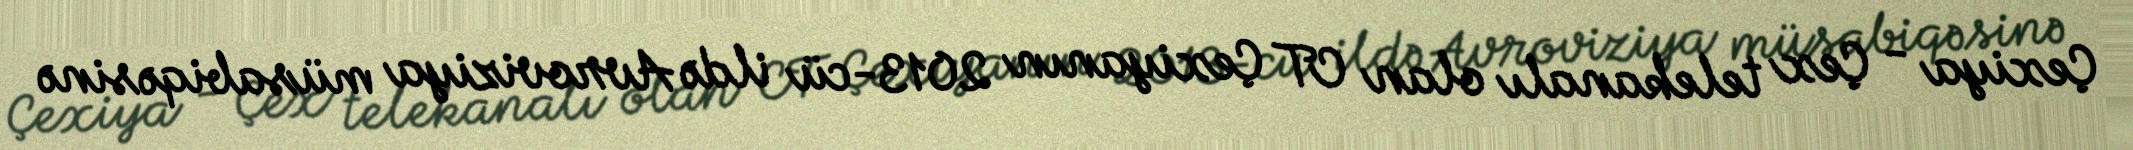
Çexiya - Çex telekanalı olan CT Çexiyanın 2013-cü ildə Avroviziya müsabiqəsinə